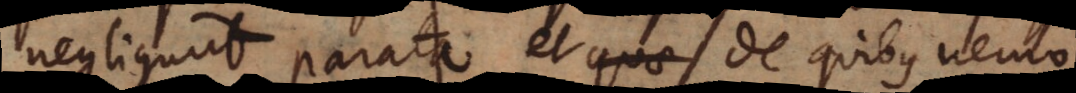
negligunt parata et de quibus nemo